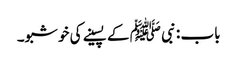
باب : نبی ﷺ کے پسینے کی خوشبو۔